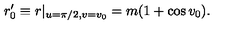
r _ { 0 } ^ { \prime } \equiv r | _ { u = \pi / 2 , v = v _ { 0 } } = m ( 1 + \cos v _ { 0 } ) .